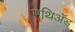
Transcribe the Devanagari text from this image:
एथिॲड